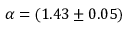
{ \alpha } = ( 1 . 4 3 \pm 0 . 0 5 )